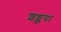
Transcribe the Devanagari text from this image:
शङ्कया